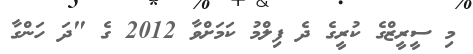
މި ސީރީޒްގެ ކުރީގެ ދެ ފިލްމު ކަމަށްވާ 2012 ގެ "ދަ ހަންގާ